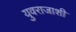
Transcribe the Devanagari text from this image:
युवराजाशी